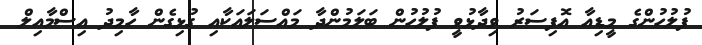
ފުލުހުންގެ މީޑިއާ އޮފިސަރު ވިދާޅުވީ ފުލުހުން ބަލަމުންދާ މައްސަލައަކާއި ގުޅިގެން ހާމިދު އިސްމާއިލް